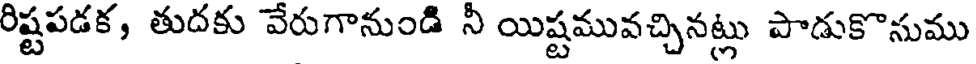
రిష్టపడక, తుదకు వేరుగానుండి నీ యిష్టమువచ్చినట్లు పాడుకొసుము